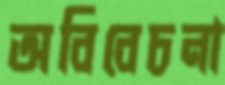
অবিবেচনা